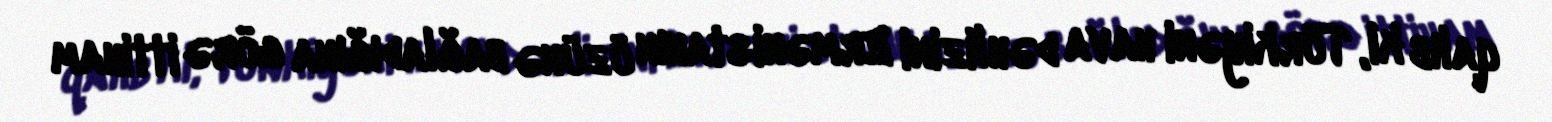
qalıb ki, Türkiyəni hava dəhlizini Ermənistanın üzünə bağladığına görə ittiham